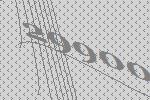
29900